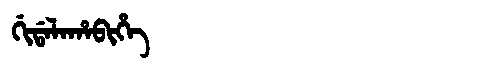
Manchu: ᡤᡳᡩᠠᠯᠠᡥᠠᠪᡳᡥᡝ
Romanization: GIDALAHABIHE